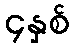
၄နှစ်